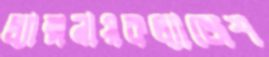
ল্যান্সনায়কল্যাজেশ